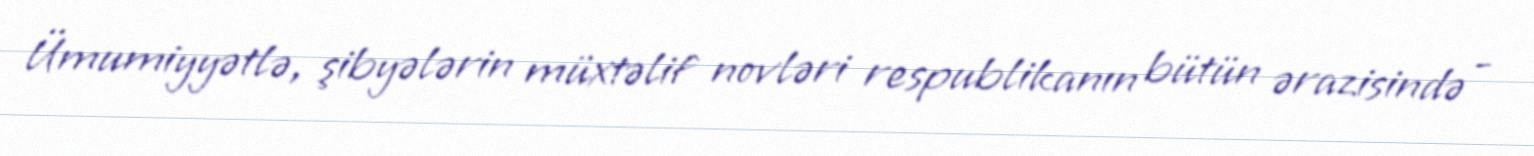
Ümumiyyətlə, şibyələrin müxtəlif novləri respublikanın bütün ərazisində -